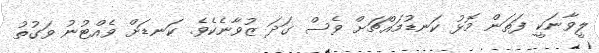
ލީވާނަކީ ފަތަން މޮޅު ކަނޑުމައްޗަށް ވެސް ގަދަ ޒުވާނެކެވެ. ކަނޑަށް ވެއްޓުނު ވަގުތު